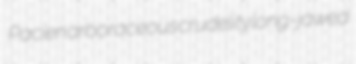
Pacien arboraceous crudelity long-jawed